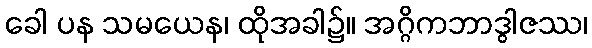
ခေါ ပန သမယေန၊ ထိုအခါ၌။ အဂ္ဂိကဘာဒွါဇဿ၊